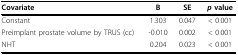
| Covariate | B | SE | p value |
 | --- | --- | --- | --- |
 | Constant | 1.303 | 0.047 | < 0.001 |
 | Preimplant prostate volume by TRUS (cc) | -0.010 | 0.002 | < 0.001 |
 | NHT | 0.204 | 0.023 | < 0.001 |